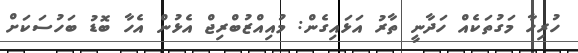
ހުރިހާ މަގުތަކެއް ހަދާނީ ތާރު އަޅައިގެން: މުއިއްޒުބްރިޖް އެޅުން އެހާ ބޮޑު ބަހުސަކަށް